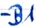
Text: -B1